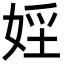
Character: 𡝇